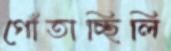
গোঁতাচ্ছিলি